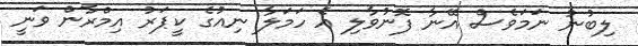
ލިބުނު ނަމަވެސް އޭނާ ފޮނުވާލި އެ ހަމަލާ ނިއުގެ ކީޕަރު އިމްރާން ވަނީ